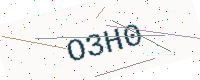
Text: O3H0